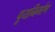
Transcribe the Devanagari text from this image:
पूयनिर्माण